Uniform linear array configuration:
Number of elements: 32
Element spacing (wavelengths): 0.75
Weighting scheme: uniform
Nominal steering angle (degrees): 0
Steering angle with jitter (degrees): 1.282
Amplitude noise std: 0.05
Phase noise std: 0.05

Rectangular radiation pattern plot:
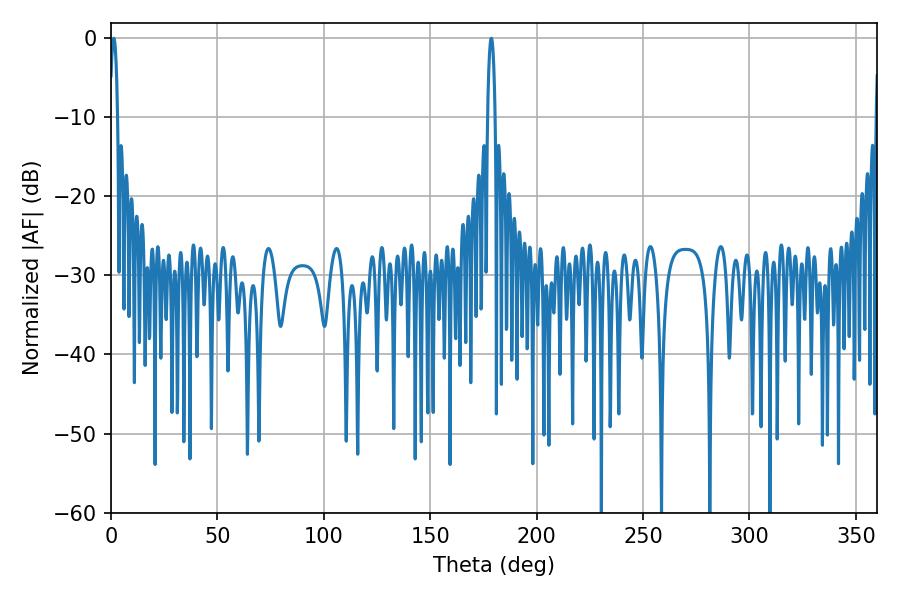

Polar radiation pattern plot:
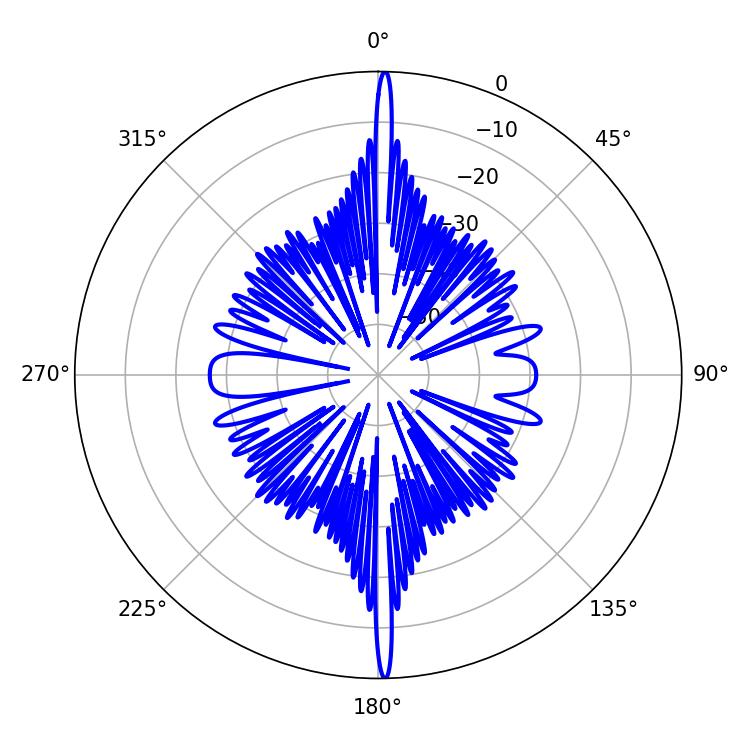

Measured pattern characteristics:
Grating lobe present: TRUE
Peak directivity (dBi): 31.044
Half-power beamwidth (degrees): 1.98
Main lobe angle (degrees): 178.74